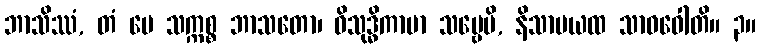
ဘာသိဿံ, တံ မေ သက္ကစ္စ ဘာသတော၊ ဝိသုဒ္ဓိကာမာ သဗ္ဗေပိ, နိသာမယထ သာဓဝေါတိ။ ၃။